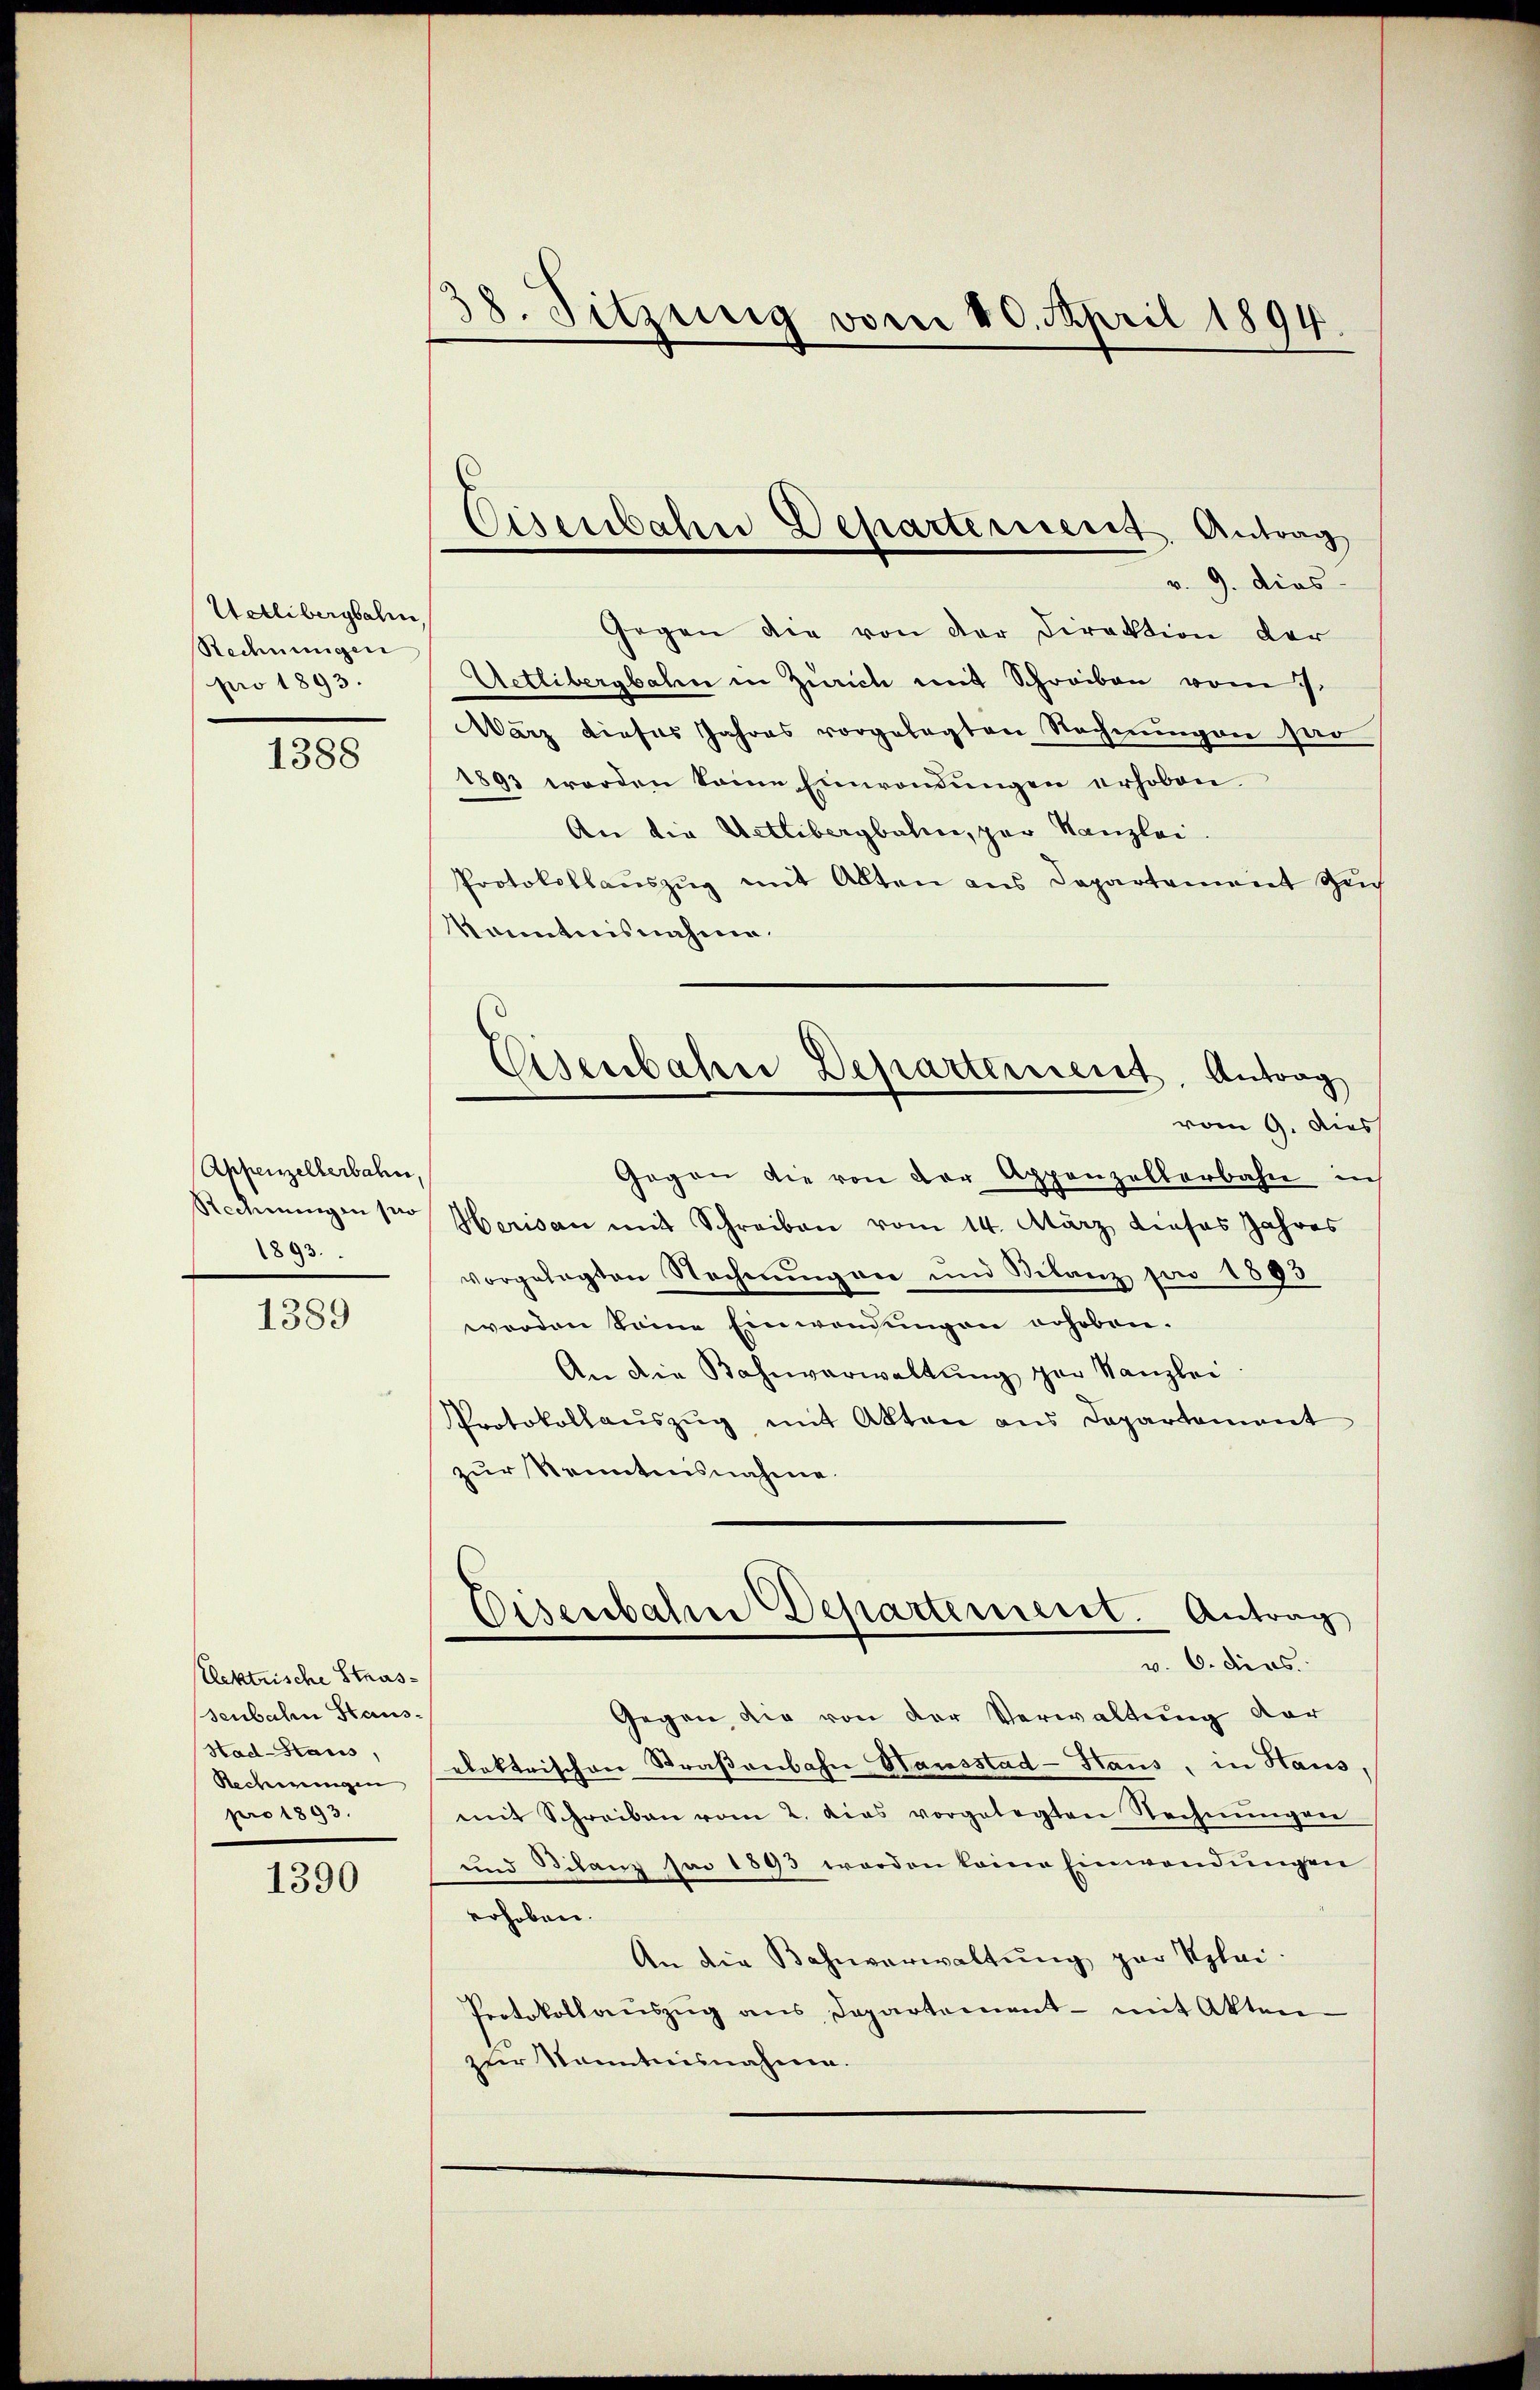
Wetlibergbahn
Rechnungen
pro 1893.

1388

Appenzellerbahn,
Rechnungen pro
1893.

1389

Elektrische Strassenbahn Staus¬
Had-Staus,
Rechnungen
pro 1893

1390

38. Sitzung vom 10. April 1894

Cisenbahne Departeriseret. Antrag
v. 9. dies

Gegen die von der Direktion der
Uetlibergbahn in Zürich mit Schreiben vom 7.
März dieses Jahres vorgelegten Rechnungen sar
1893 worden keine Einwendŭngen erhoben.
An die Uetlibergbahne, par Kanzlei.
Protokollaŭszŭg mit Alten aus Departement such
kanntnisnahme.
Gegen die von der Appenzellerbahn in
Herisaun mit Schreiben vom 14. März dieses Jahres
vorgelegten Rechnŭng an und Bilanz von 1893
werden seine Einwendungen erhoben.
An die Bahnverwaltŭng par Kanzlei
Protokollaŭszŭg mit Akten ans Departement
zur Kenntnisnahme
Eisenbahn Departement. Antrag
v. 6. ders.
Gegen die von der Verwaltung der
elektrischen Straßenbahn Hausstad-Haus, in Haus,
mit Schreiben vom 2. das vorgelegten Rechnŭngen
und Bilanz sei 1893 worden keine Einwendŭngen
erhoben.
An die Bahnverwaltung par Sylai.
Protokollaŭszŭg ans Departement - mit Akten-
zur Kenntnisnahme.

Eisenbahn Departement. Antrag
vom 9. Aus